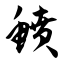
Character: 鲼